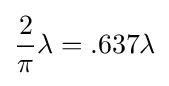
{2 \over \pi }\lambda =.637\lambda